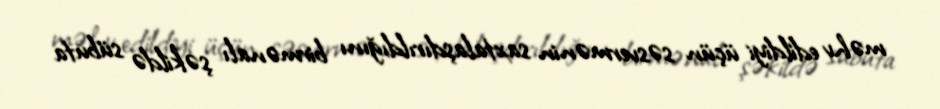
məhv edildiyi üçün səsvermənin saxtalaşdırıldığını birmənalı şəkildə sübuta